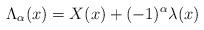
LaTeX: \begin{align*}{\Lambda}_{\alpha}(x)=X(x)+(-1)^{\alpha}{\lambda}(x) \end{align*}